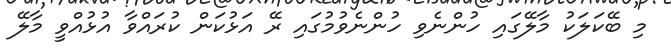
މި ބޭކަލަކު މާލޭގައި ހުންނެވި ހުންނެވުމުގައި ރޭ އަޅުކަން ކުރައްވާ އުޅުއްވީ މާލޭ